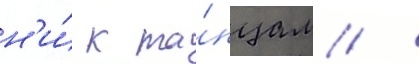
н'и́ к та́нцам /